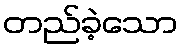
တည်ခဲ့သော